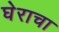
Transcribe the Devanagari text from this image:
घेराचा